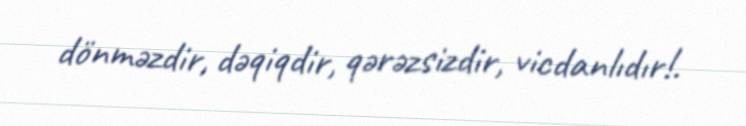
dönməzdir, dəqiqdir, qərəzsizdir, vicdanlıdır!.